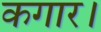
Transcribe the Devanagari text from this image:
कगार।